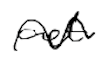
Text: act
Cross-out: wave
Writing tool: digital_black